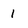
Character: l